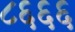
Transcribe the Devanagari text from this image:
८६६६